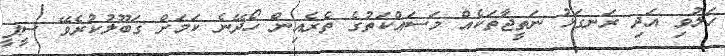
ހަލުވި އަދި ރަނގަޅު ނަތީޖާތަކެއް މަސައްކަތުގެ ތެރެއިން ހޯދޭނެ ކަމަށް ގަބޫލުކުރެވޭ ސީޕީ